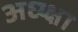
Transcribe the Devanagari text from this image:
अध्य्क्षा